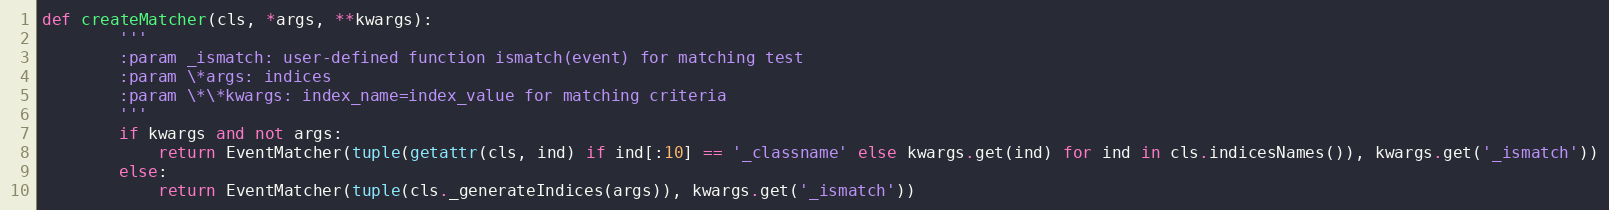
Language: Python
def createMatcher(cls, *args, **kwargs):
        '''
        :param _ismatch: user-defined function ismatch(event) for matching test
        :param \*args: indices
        :param \*\*kwargs: index_name=index_value for matching criteria
        '''
        if kwargs and not args:
            return EventMatcher(tuple(getattr(cls, ind) if ind[:10] == '_classname' else kwargs.get(ind) for ind in cls.indicesNames()), kwargs.get('_ismatch'))
        else:
            return EventMatcher(tuple(cls._generateIndices(args)), kwargs.get('_ismatch'))